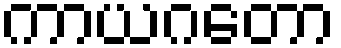
ကာယဂတော